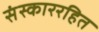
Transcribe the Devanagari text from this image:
संस्काररहित